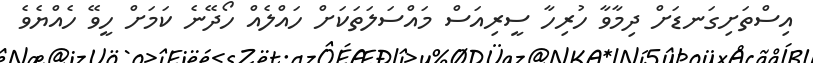
އިސްތަށިގަނޑަށް ދިމާވާ ހުރިހާ ސީރިއަސް މައްސަލަތަކަށް ހައްލެއް ހޯދޭނެ ކަމަށް ހީވޭ ހެއްޔެވެ